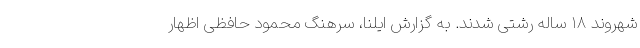
شهروند ۱۸ ساله رشتی شدند. به گزارش ایلنا، سرهنگ محمود حافظی اظهار